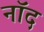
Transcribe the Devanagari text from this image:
नॉद